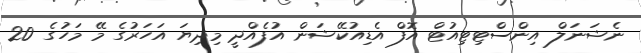
ނެޝަނަލް އިންސްޓިޓިއުޓް އޮފް އެޑިއުކޭޝަން އުފެއްދީ މިދިޔަ އަހަރުގެ މޭ މަހުގެ 20